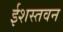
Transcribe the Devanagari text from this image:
ईशस्तवन